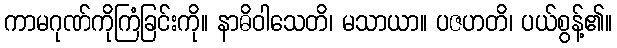
ကာမဂုဏ်ကိုကြံခြင်းကို။ နာဓိဝါသေတိ၊ မသာယာ။ ပဇဟတိ၊ ပယ်စွန့်၏။